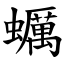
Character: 蠣